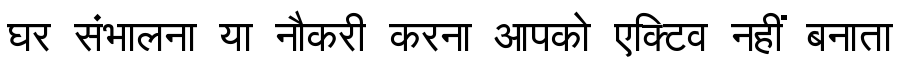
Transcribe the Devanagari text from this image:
घर संभालना या नौकरी करना आपको एक्टिव नहीं बनाता